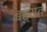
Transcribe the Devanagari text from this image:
बह्यत